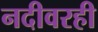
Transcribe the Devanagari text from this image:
नदीवरही